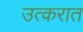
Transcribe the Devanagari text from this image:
उत्करात